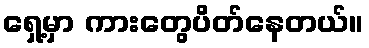
ရှေ့မှာ ကားတွေပိတ်နေတယ်။